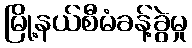
မြို့နယ်စီမံခန့်ခွဲမှု